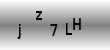
Text: jz7LH